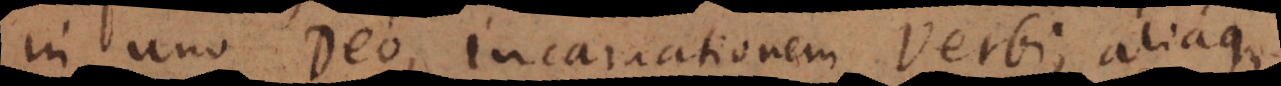
in uno Deo, incarnationem Verbi, aliaque